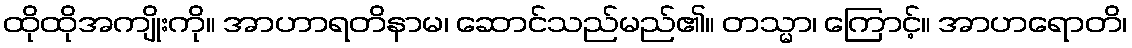
ထိုထိုအကျိုးကို။ အာဟာရတိနာမ၊ ဆောင်သည်မည်၏။ တသ္မာ၊ ကြောင့်။ အာဟရောတိ၊